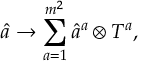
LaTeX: \hat { a } \rightarrow \sum _ { a = 1 } ^ { m ^ { 2 } } \hat { a } ^ { a } \otimes T ^ { a } ,